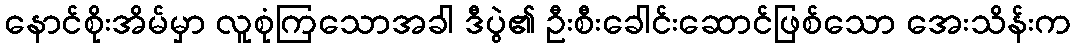
နောင်စိုးအိမ်မှာ လူစုံကြသောအခါ ဒီပွဲ၏ ဦးစီးခေါင်းဆောင်ဖြစ်သော အေးသိန်းက